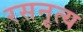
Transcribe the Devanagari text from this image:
रसनृत्य